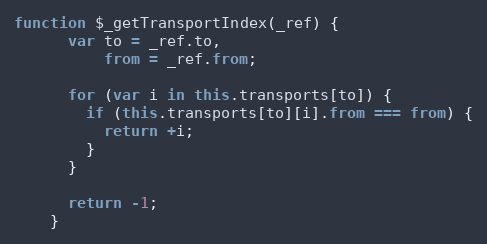
Language: JavaScript
function $_getTransportIndex(_ref) {
      var to = _ref.to,
          from = _ref.from;

      for (var i in this.transports[to]) {
        if (this.transports[to][i].from === from) {
          return +i;
        }
      }

      return -1;
    }